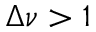
\Delta \nu > 1